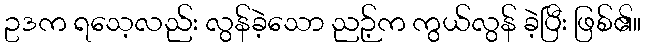
ဥဒက ရသေ့လည်း လွန်ခဲ့သော ညဉ့်က ကွယ်လွန် ခဲ့ပြီး ဖြစ်၏။